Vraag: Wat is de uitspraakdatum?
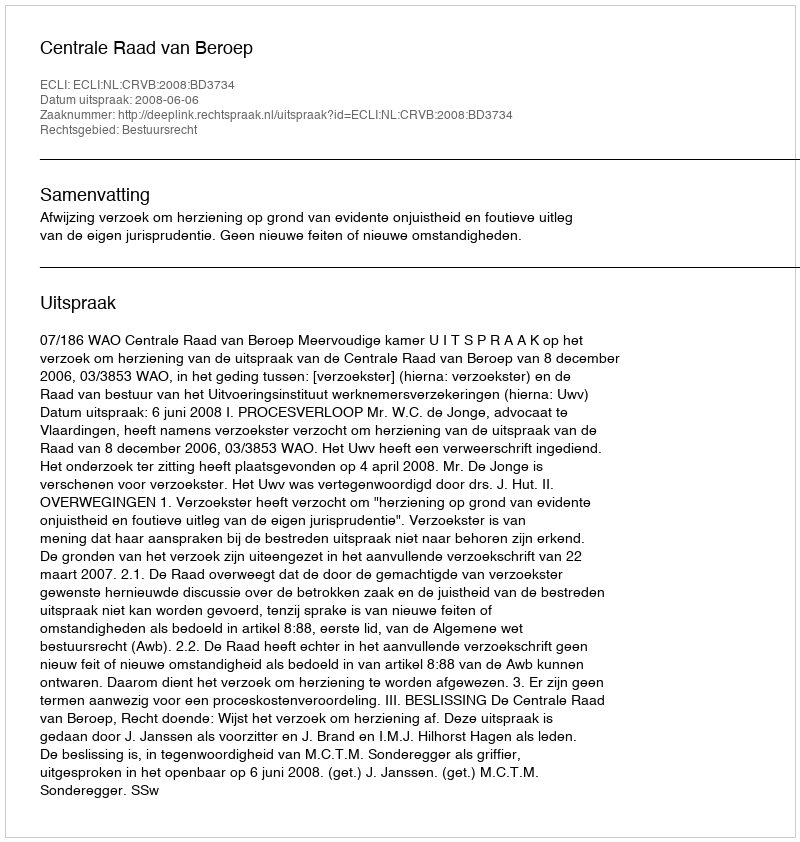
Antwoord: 2008-06-06